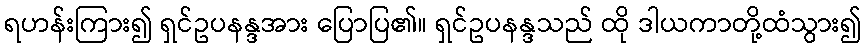
ရဟန်းကြား၍ ရှင်ဥပနန္ဒအား ပြောပြ၏။ ရှင်ဥပနန္ဒသည် ထို ဒါယကာတို့ထံသွား၍